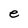
Character: e